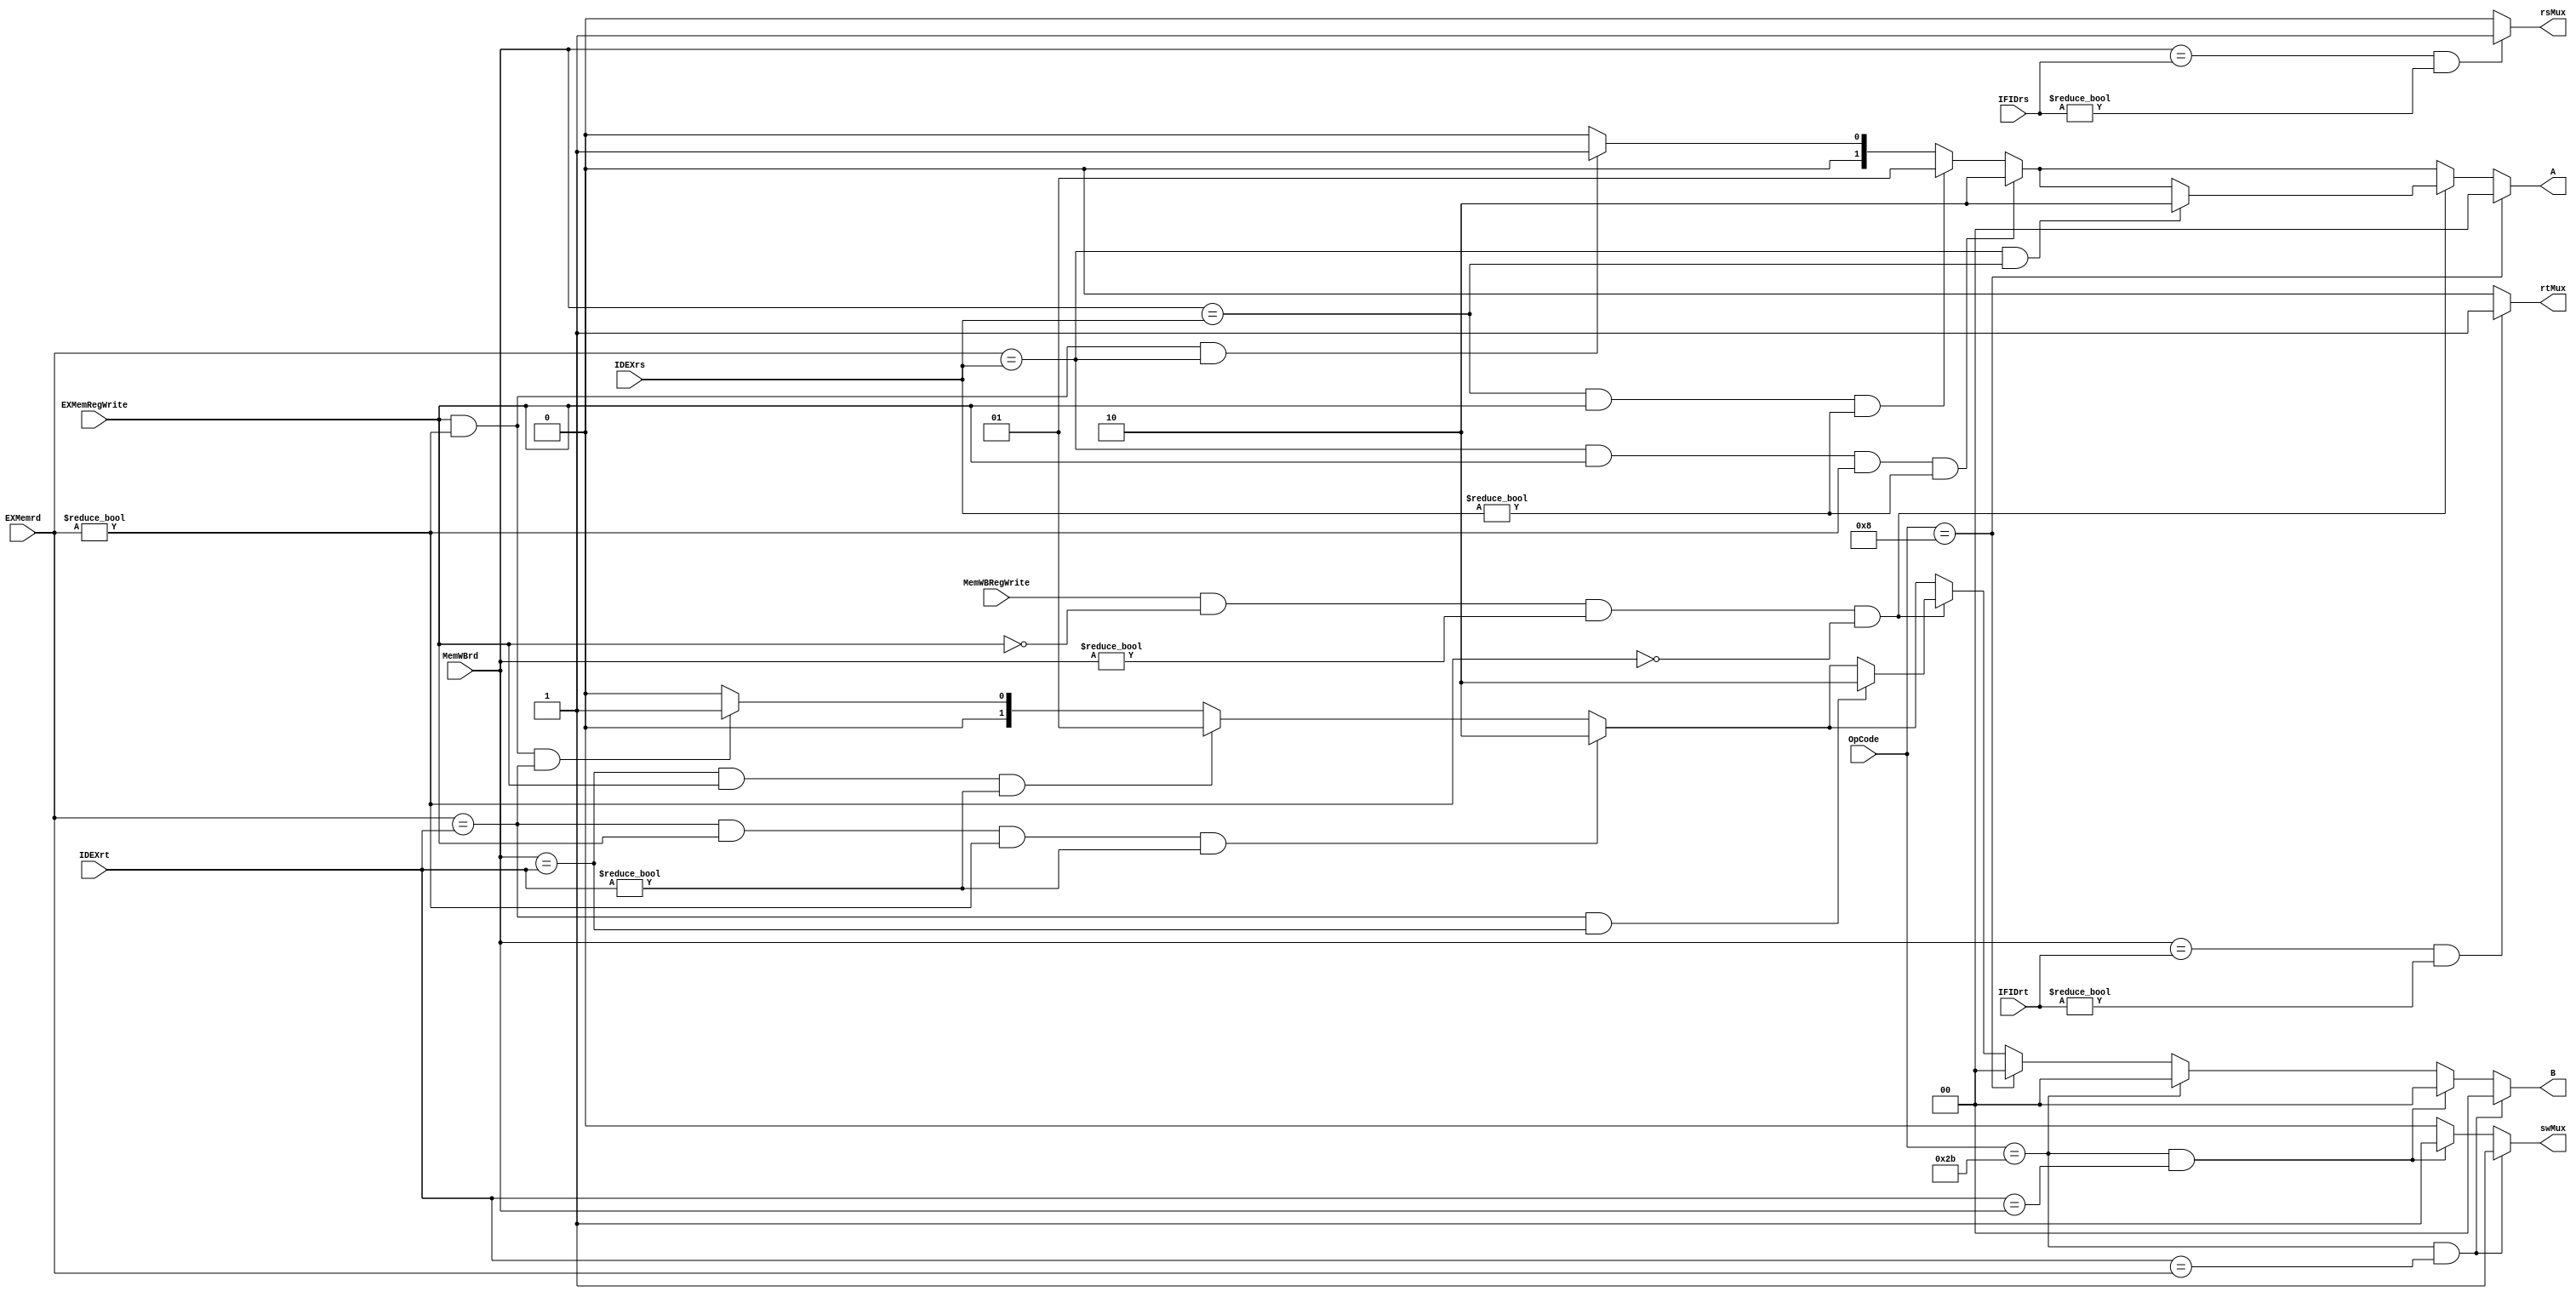
module DataForwarding(OpCode, A, B, MemWBrd, MemWBRegWrite, 
EXMemrd, EXMemRegWrite, IDEXrt, IDEXrs, IFIDrt, IFIDrs, rsMux, rtMux, swMux);

input [4:0] MemWBrd;
input [4:0] EXMemrd;
input [4:0] IDEXrt;
input [4:0] IDEXrs;
input [4:0] IFIDrt;
input [4:0] IFIDrs;
input [5:0] OpCode;
input MemWBRegWrite;
input EXMemRegWrite;

output reg [1:0] A;
output reg [1:0] B;
output reg rsMux;
output reg rtMux;
output reg swMux;

always @(*) begin

swMux = 1'b0;
rsMux = 1'b0;
rtMux = 1'b0;
A = 2'b00;
B = 2'b00;


if((EXMemRegWrite) && (EXMemrd != 5'b00000) && (EXMemrd == IDEXrt)) begin
    B = 2'b01;
end
if((EXMemRegWrite) && (EXMemrd != 5'b00000) && (EXMemrd == IDEXrs)) begin
    A = 2'b01;
end

if((MemWBrd == IDEXrs) && (EXMemRegWrite)&& (IDEXrs != 5'b00000)) begin
     A = 2'b01;
end
if((MemWBrd == IDEXrt) && (EXMemRegWrite)&& (IDEXrt != 5'b00000)) begin
     B = 2'b01;
end

if((EXMemrd == IDEXrs) && (EXMemRegWrite) && (EXMemrd != 5'b00000) && (IDEXrs != 5'b00000)) begin
     A = 2'b10;
end
if((EXMemrd == IDEXrt) && (EXMemRegWrite) && (EXMemrd != 5'b00000) && (IDEXrt != 5'b00000)) begin
     B = 2'b10;
end

if((MemWBRegWrite) && !(EXMemRegWrite) && (MemWBrd != 5'b00000) && !(EXMemrd != 5'b00000)) begin
    if((EXMemrd == IDEXrt) && (MemWBrd == IDEXrt)) begin
        B = 2'b10;
    end
    if((EXMemrd == IDEXrs) && (MemWBrd == IDEXrs)) begin
        A = 2'b10;
    end
end

if((MemWBrd == IFIDrs) && (IFIDrs != 5'b00000))begin
    rsMux = 1'b1;
end

if((MemWBrd == IFIDrt) && (IFIDrt != 5'b00000)) begin
    rtMux = 1'b1;
end


if(OpCode == 6'b001000)begin
    A = 2'b00;
    B = 2'b00;
end

if(OpCode == 6'b101011)begin
    B = 2'b00;
end

if((OpCode == 6'b101011) && (IDEXrt == MemWBrd))begin
    B = 2'b00;
    swMux = 1'b1;
end

if((OpCode == 6'b101011) && (IDEXrt == EXMemrd))begin
    B = 2'b00;
    swMux = 1'b1;
end




//if((EXMemRegWrite) && (EXMemrd != 5'b00000) && (EXMemrd == IDEXrs) && (MemWBrd != IDEXrs))begin
//    A = 2'b10;
//end
//if((EXMemRegWrite) && (EXMemrd != 5'b00000) && (EXMemrd == IDEXrt) && (MemWBrd != IDEXrt))begin
//    B = 2'b10;
//end


//if((MemWBRegWrite) && (MemWBrd != 6'b000000) && (EXMemrd != IFIDrs) && (MemWBrd == IFIDrs)&& (MemWBrd != IDEXrs))begin
//    rsMux = 1;
//end
//if((MemWBRegWrite) && (MemWBrd != 6'b000000) && (EXMemrd != IFIDrt) && (MemWBrd == IFIDrt) && (MemWBrd != IDEXrt))begin
//    rsMux = 1;
//end




end

endmodule